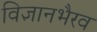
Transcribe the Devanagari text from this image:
विज्ञानभैरव